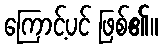
ကြောင့်ပင် ဖြစ်၏။